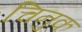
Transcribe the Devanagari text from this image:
चिनुक